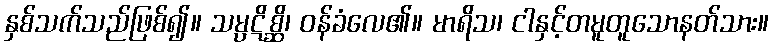
နှစ်သက်သည်ဖြစ်၍။ သမ္ပဋိစ္ဆိ၊ ဝန်ခံလေ၏။ မာရိသ၊ ငါနှင့်တမူတူသောနတ်သား။